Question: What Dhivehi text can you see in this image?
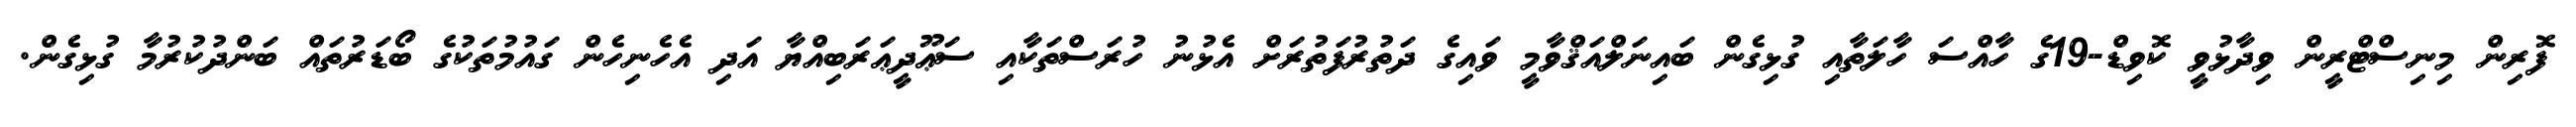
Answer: ފޮރިން މިނިސްޓްރީން ވިދާޅުވީ ކޮވިޑް-19ގެ ހާއްސަ ހާލަތާއި ގުޅިގެން ބައިނަލްއަޤްވާމީ ވައިގެ ދަތުރުފަތުރަށް އެޅުނު ހުރަސްތަކާއި ސަޢޫދީޢަރަބިއްޔާ އަދި އެހެނިހެން ގައުމުތަކުގެ ބޯޑަރުތައް ބަންދުކުރުމާ ގުޅިގެން.